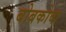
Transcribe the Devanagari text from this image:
बोबकोवा